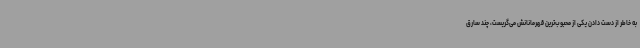
به خاطر از دست دادن یکی از محبوب‌ترین قهرمانانش می‌گریست، چند سارق